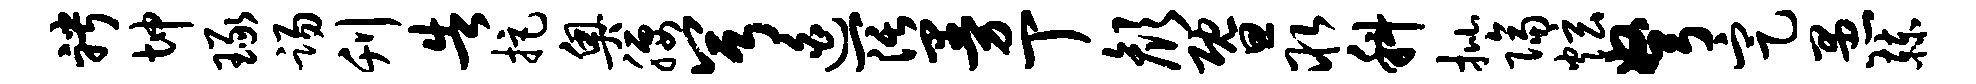
聘坤琢踢刊告拒奥腰兮迫阔曼丁颜暨取科批隔炫弩定愚赫